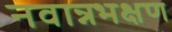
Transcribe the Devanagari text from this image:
नवान्नभक्षण